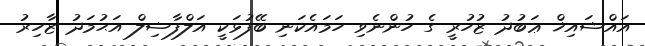
އައްޝައިޚް ޢަބުދު ޒުހުރީ ގެ ހުންނެވި ހަމައެކަނި ބޭފުޅަކީ އަލްފާޟިލް އަޙުމަދު ޒާހިރު